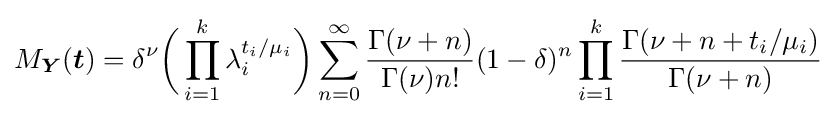
M_{\boldsymbol {Y}}({\boldsymbol {t}})=\delta ^{\nu }{\bigg (}\prod _{i=1}^{k}\lambda _{i}^{t_{i}/\mu _{i}}{\bigg )}\sum _{n=0}^{\infty }{\frac {\Gamma (\nu +n)}{\Gamma (\nu )n!}}(1-\delta )^{n}\prod _{i=1}^{k}{\frac {\Gamma (\nu +n+t_{i}/\mu _{i})}{\Gamma (\nu +n)}}